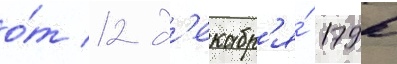
о́т 12 д'екабр'я́ 1796